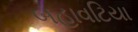
બહાવટિયા